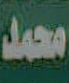
محمد